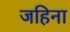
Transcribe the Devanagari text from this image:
जहिना